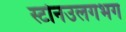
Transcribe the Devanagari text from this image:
स्टोनउलगभग